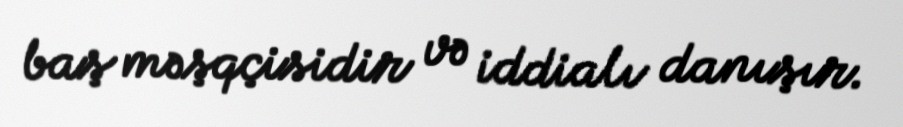
baş məşqçisidir və iddialı danışır.